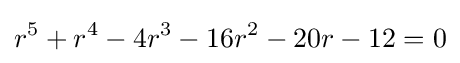
r^{5}+r^{4}-4r^{3}-16r^{2}-20r-12=0